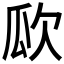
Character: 𣢚